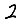
Digit: 2